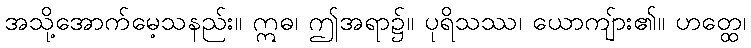
အသို့အောက်မေ့သနည်း။ ဣဓ၊ ဤအရာ၌။ ပုရိသဿ၊ ယောကျ်ား၏။ ဟတ္ထေ၊